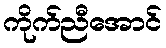
ကိုက်ညီအောင်